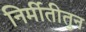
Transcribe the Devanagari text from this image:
निर्मीतीतुन